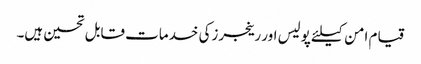
قیام امن کیلئے پولیس اور رینجرزکی خدمات قابل تحسین ہیں۔